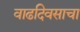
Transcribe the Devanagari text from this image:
वाढदिवसाचा